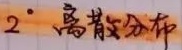
\(2^{\circ}\) 离散分布